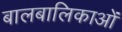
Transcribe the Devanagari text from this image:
बालबालिकाओं